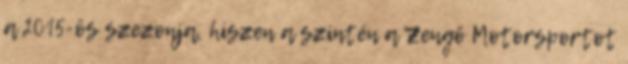
a 2015-ös szezonja, hiszen a szintén a Zengő Motorsportot